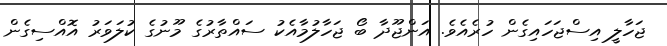
ޖަހާލީ އިސްޖަހައިގެން ހުރެއެވެ. އަންޖޫދާ ބޯ ޖަހާލުމާއެކު ސައްތާރުގެ މޫނުގެ ކުލަވަރު އޮއްސިގެން